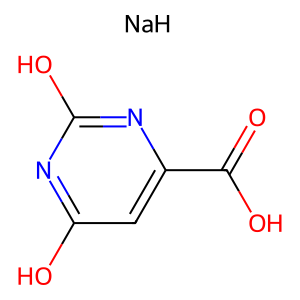
SMILES: O=C(O)c1cc(O)nc(O)n1.[NaH]
Inhibits HIV replication: No